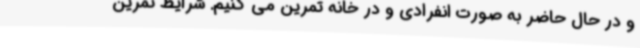
و در حال حاضر به صورت انفرادی و در خانه تمرین می کنیم. شرایط تمرین